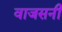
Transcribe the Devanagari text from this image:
वाजसनी